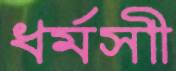
ধর্মসাী